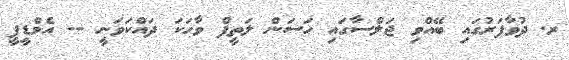
ރ. ދުވާފަރުގައި ބޭއްވި ޖަލްސާގައި ހަސަން ލަތީފް ވާހަކަ ދައްކަވަނީ -- އެމްޑީޕީ